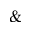
\&